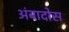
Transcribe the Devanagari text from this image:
अंबादोस